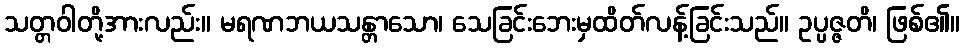
သတ္တဝါတို့အားလည်း။ မရဏဘယသန္တာသော၊ သေခြင်းဘေးမှထိတ်လန့်ခြင်းသည်။ ဥပ္ပဇ္ဇတိ၊ ဖြစ်၏။